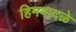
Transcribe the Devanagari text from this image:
हिमवादळे